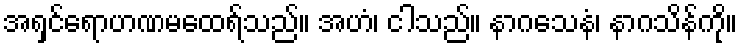
အရှင်ရောဟဏမထေရ်သည်။ အဟံ၊ ငါသည်။ နာဂသေနံ၊ နာဂသိန်ကို။